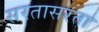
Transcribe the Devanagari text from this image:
सरतासरता